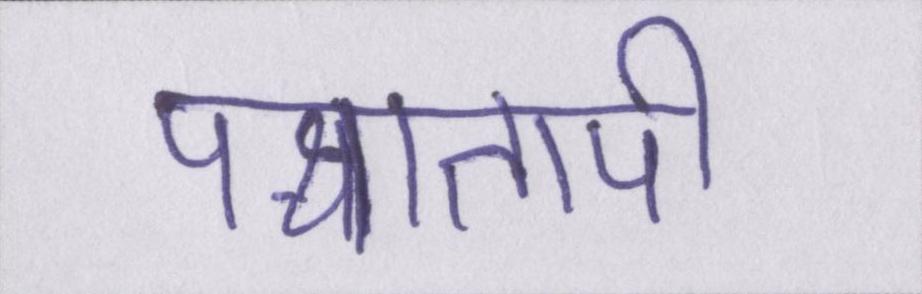
पश्चातापी